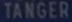
TANGER